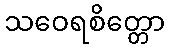
သဝေရစိတ္တော